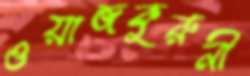
ওয়াজকুরুনী